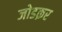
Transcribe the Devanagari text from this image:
जोडक़र